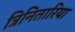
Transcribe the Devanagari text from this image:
त्रिनितारिया